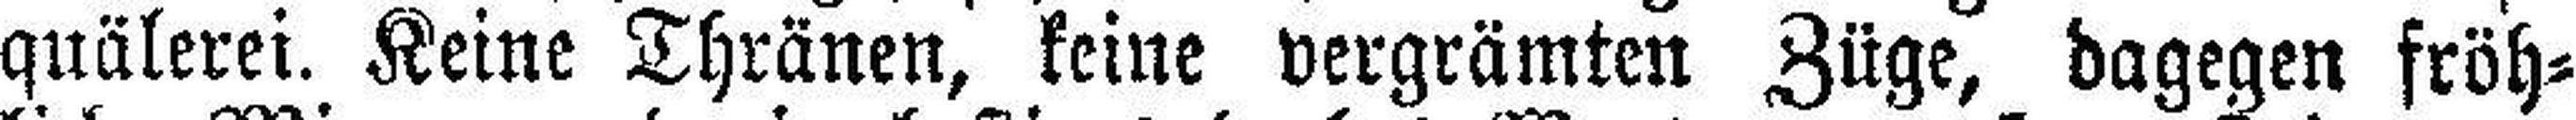
quälerei. Keine Thränen, keine vergrämten Züge, dagegen fröh¬